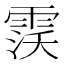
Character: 𱁙